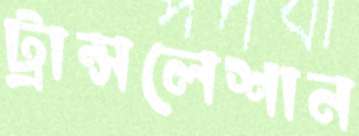
ট্রান্সলেশান